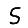
Digit: 5